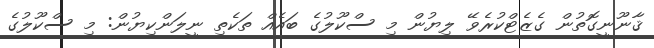
ޤާނޫނީގޮތުން ގެޒެޓްކުރެވޭ ލިޔުން މި ސްކޫލުގެ ބައެއް ތަކެތި ނީލަންކިޔުން: މި ސްކޫލުގެ